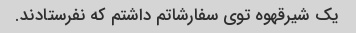
یک شیرقهوه توی سفارشاتم داشتم که نفرستادند.